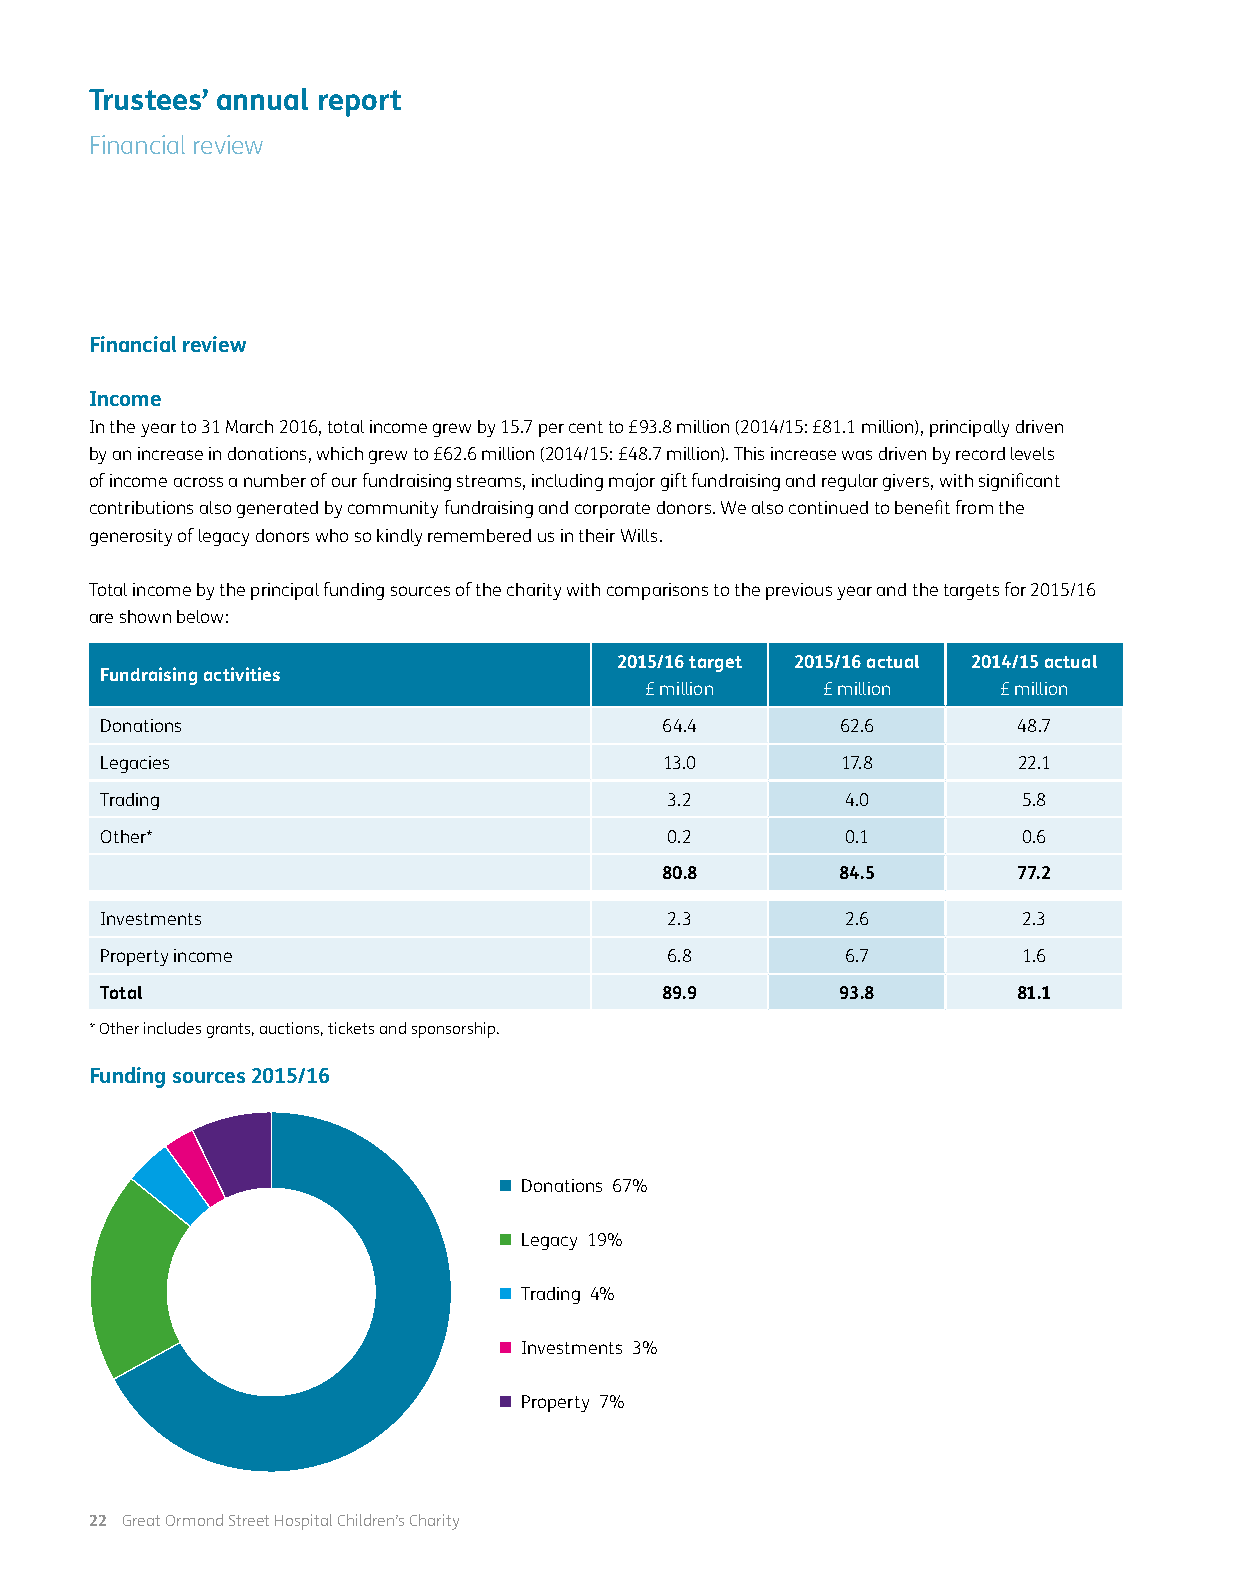
Trustees’ annual report
 Financial review
 Financial review
 Income
 In the year to 31 March 2016, total income grew by 15.7 per cent to £93.8 million (2014/15: £81.1 million), principally driven
 by an increase in donations, which grew to £62.6 million (2014/15: £48.7 million). This increase was driven by record levels
 of income across a number of our fundraising streams, including major gift fundraising and regular givers, with significant
 contributions also generated by community fundraising and corporate donors. We also continued to benefit from the
 generosity of legacy donors who so kindly remembered us in their Wills.
 Total income by the principal funding sources of the charity with comparisons to the previous year and the targets for 2015/16
 are shown below:
 2015/16 target 2015/16 actual 2014/15 actual
 Fundraising activities
 £ million  £ million   £ million
 Donations                            64.4        62.6       48.7
 Legacies                             13.0        17.8       22.1
 Trading                              3.2         4.0         5.8
 Other*                               0.2         0.1         0.6
 80.8       84.5        77.2
 Investments                          2.3         2.6         2.3
 Property income                      6.8         6.7         1.6
 Total                                89.9        93.8       81.1
 * Other includes grants, auctions, tickets and sponsorship.
 Funding sources 2015/16
  Donations 67%
  Legacy 19%
  Trading 4%
  Investments 3%
  Property 7%
 22 Great Ormond Street Hospital Children’s Charity